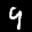
Label: 9